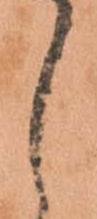
し